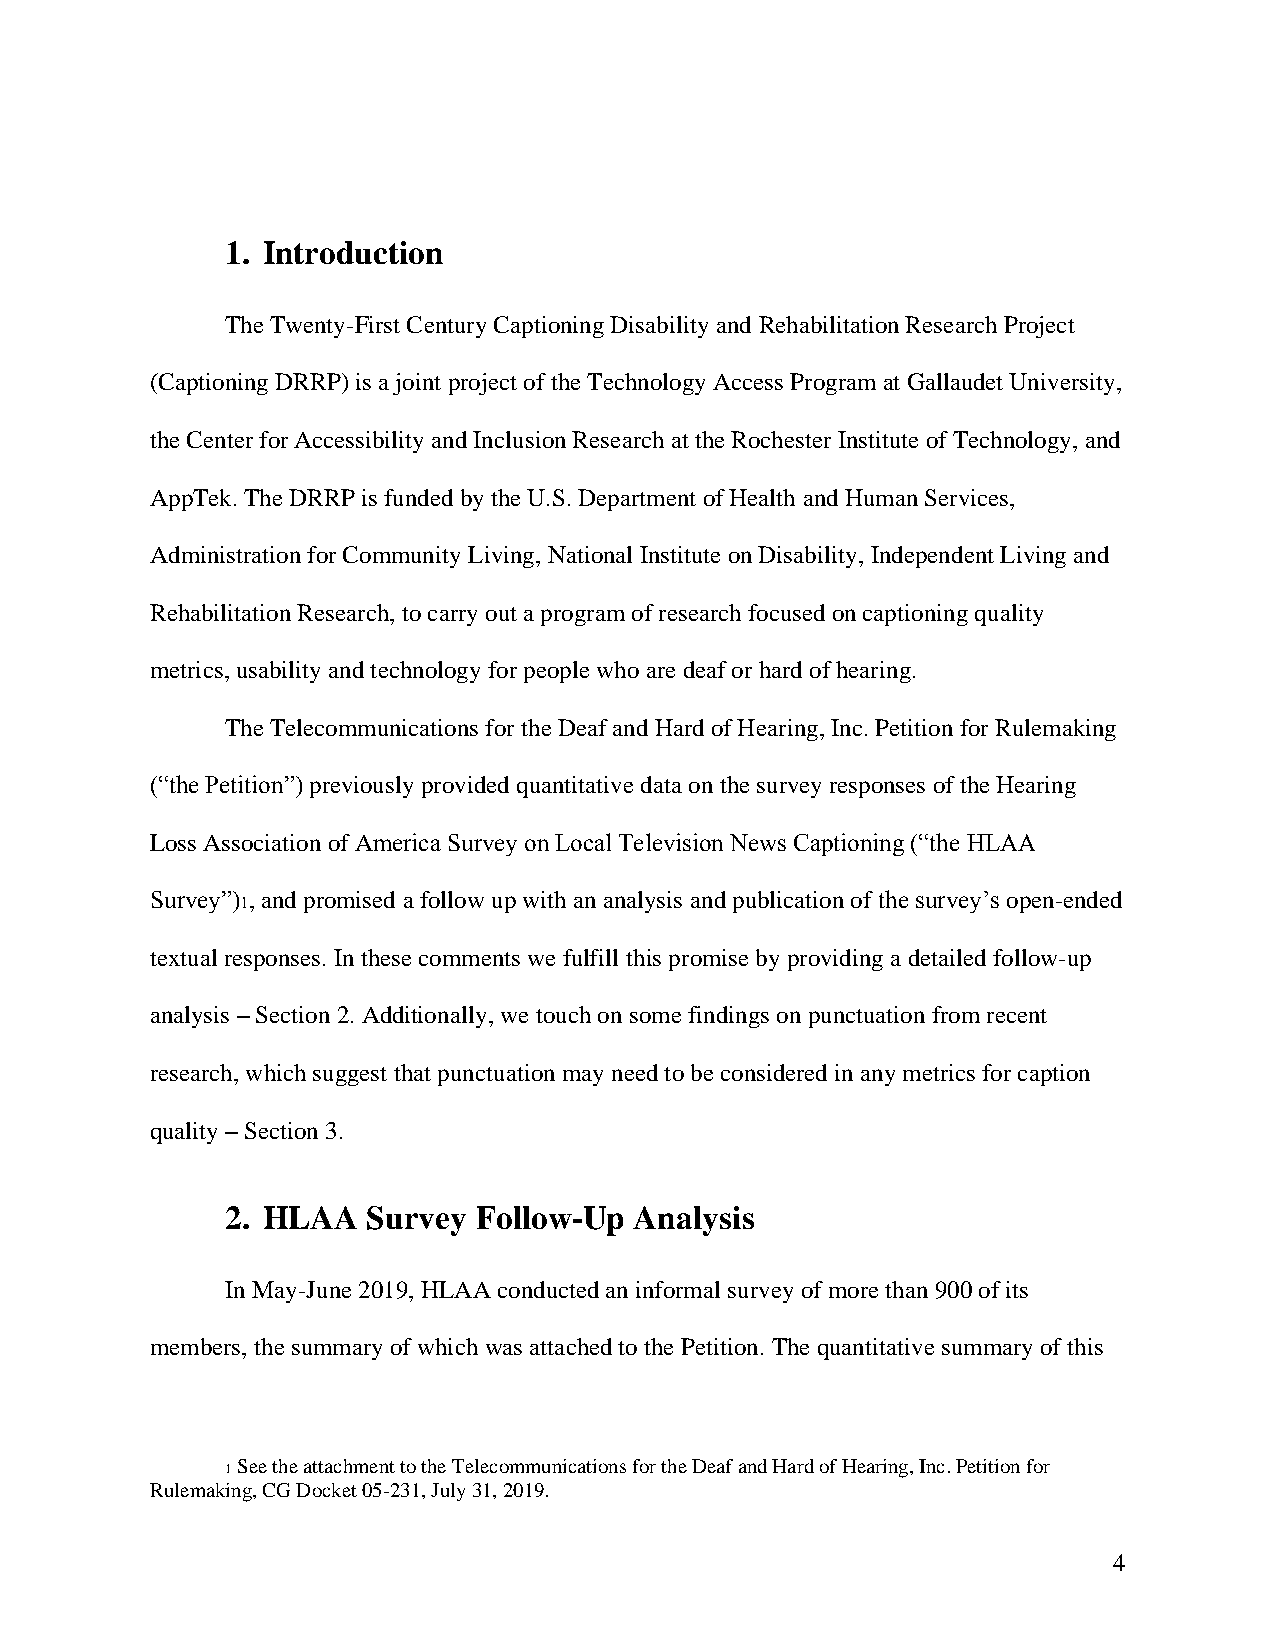
1. Introduction
 The Twenty-First Century Captioning Disability and Rehabilitation Research Project
 (Captioning DRRP) is a joint project of the Technology Access Program at Gallaudet University,
 the Center for Accessibility and Inclusion Research at the Rochester Institute of Technology, and
 AppTek. The DRRP is funded by the U.S. Department of Health and Human Services,
 Administration for Community Living, National Institute on Disability, Independent Living and
 Rehabilitation Research, to carry out a program of research focused on captioning quality
 metrics, usability and technology for people who are deaf or hard of hearing.
 The Telecommunications for the Deaf and Hard of Hearing, Inc. Petition for Rulemaking
 (“the Petition”) previously provided quantitative data on the survey responses of the Hearing
 Loss Association of America Survey on Local Television News Captioning (“the HLAA
 Survey”) , and promised a follow up with an analysis and publication of the survey’s open-ended
 1
 textual responses. In these comments we fulfill this promise by providing a detailed follow-up
 analysis – Section 2. Additionally, we touch on some findings on punctuation from recent
 research, which suggest that punctuation may need to be considered in any metrics for caption
 quality – Section 3.
 2. HLAA  Survey Follow-Up  Analysis
 In May-June 2019, HLAA conducted an informal survey of more than 900 of its
 members, the summary of which was attached to the Petition. The quantitative summary of this
 1 See the attachment to the Telecommunications for the Deaf and Hard of Hearing, Inc. Petition for
 Rulemaking, CG Docket 05-231, July 31, 2019.
 4